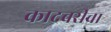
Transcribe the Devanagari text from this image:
कादबरीचा